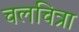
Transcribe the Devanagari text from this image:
चलचित्रा